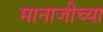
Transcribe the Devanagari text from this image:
मानाजीच्या